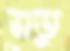
মতু